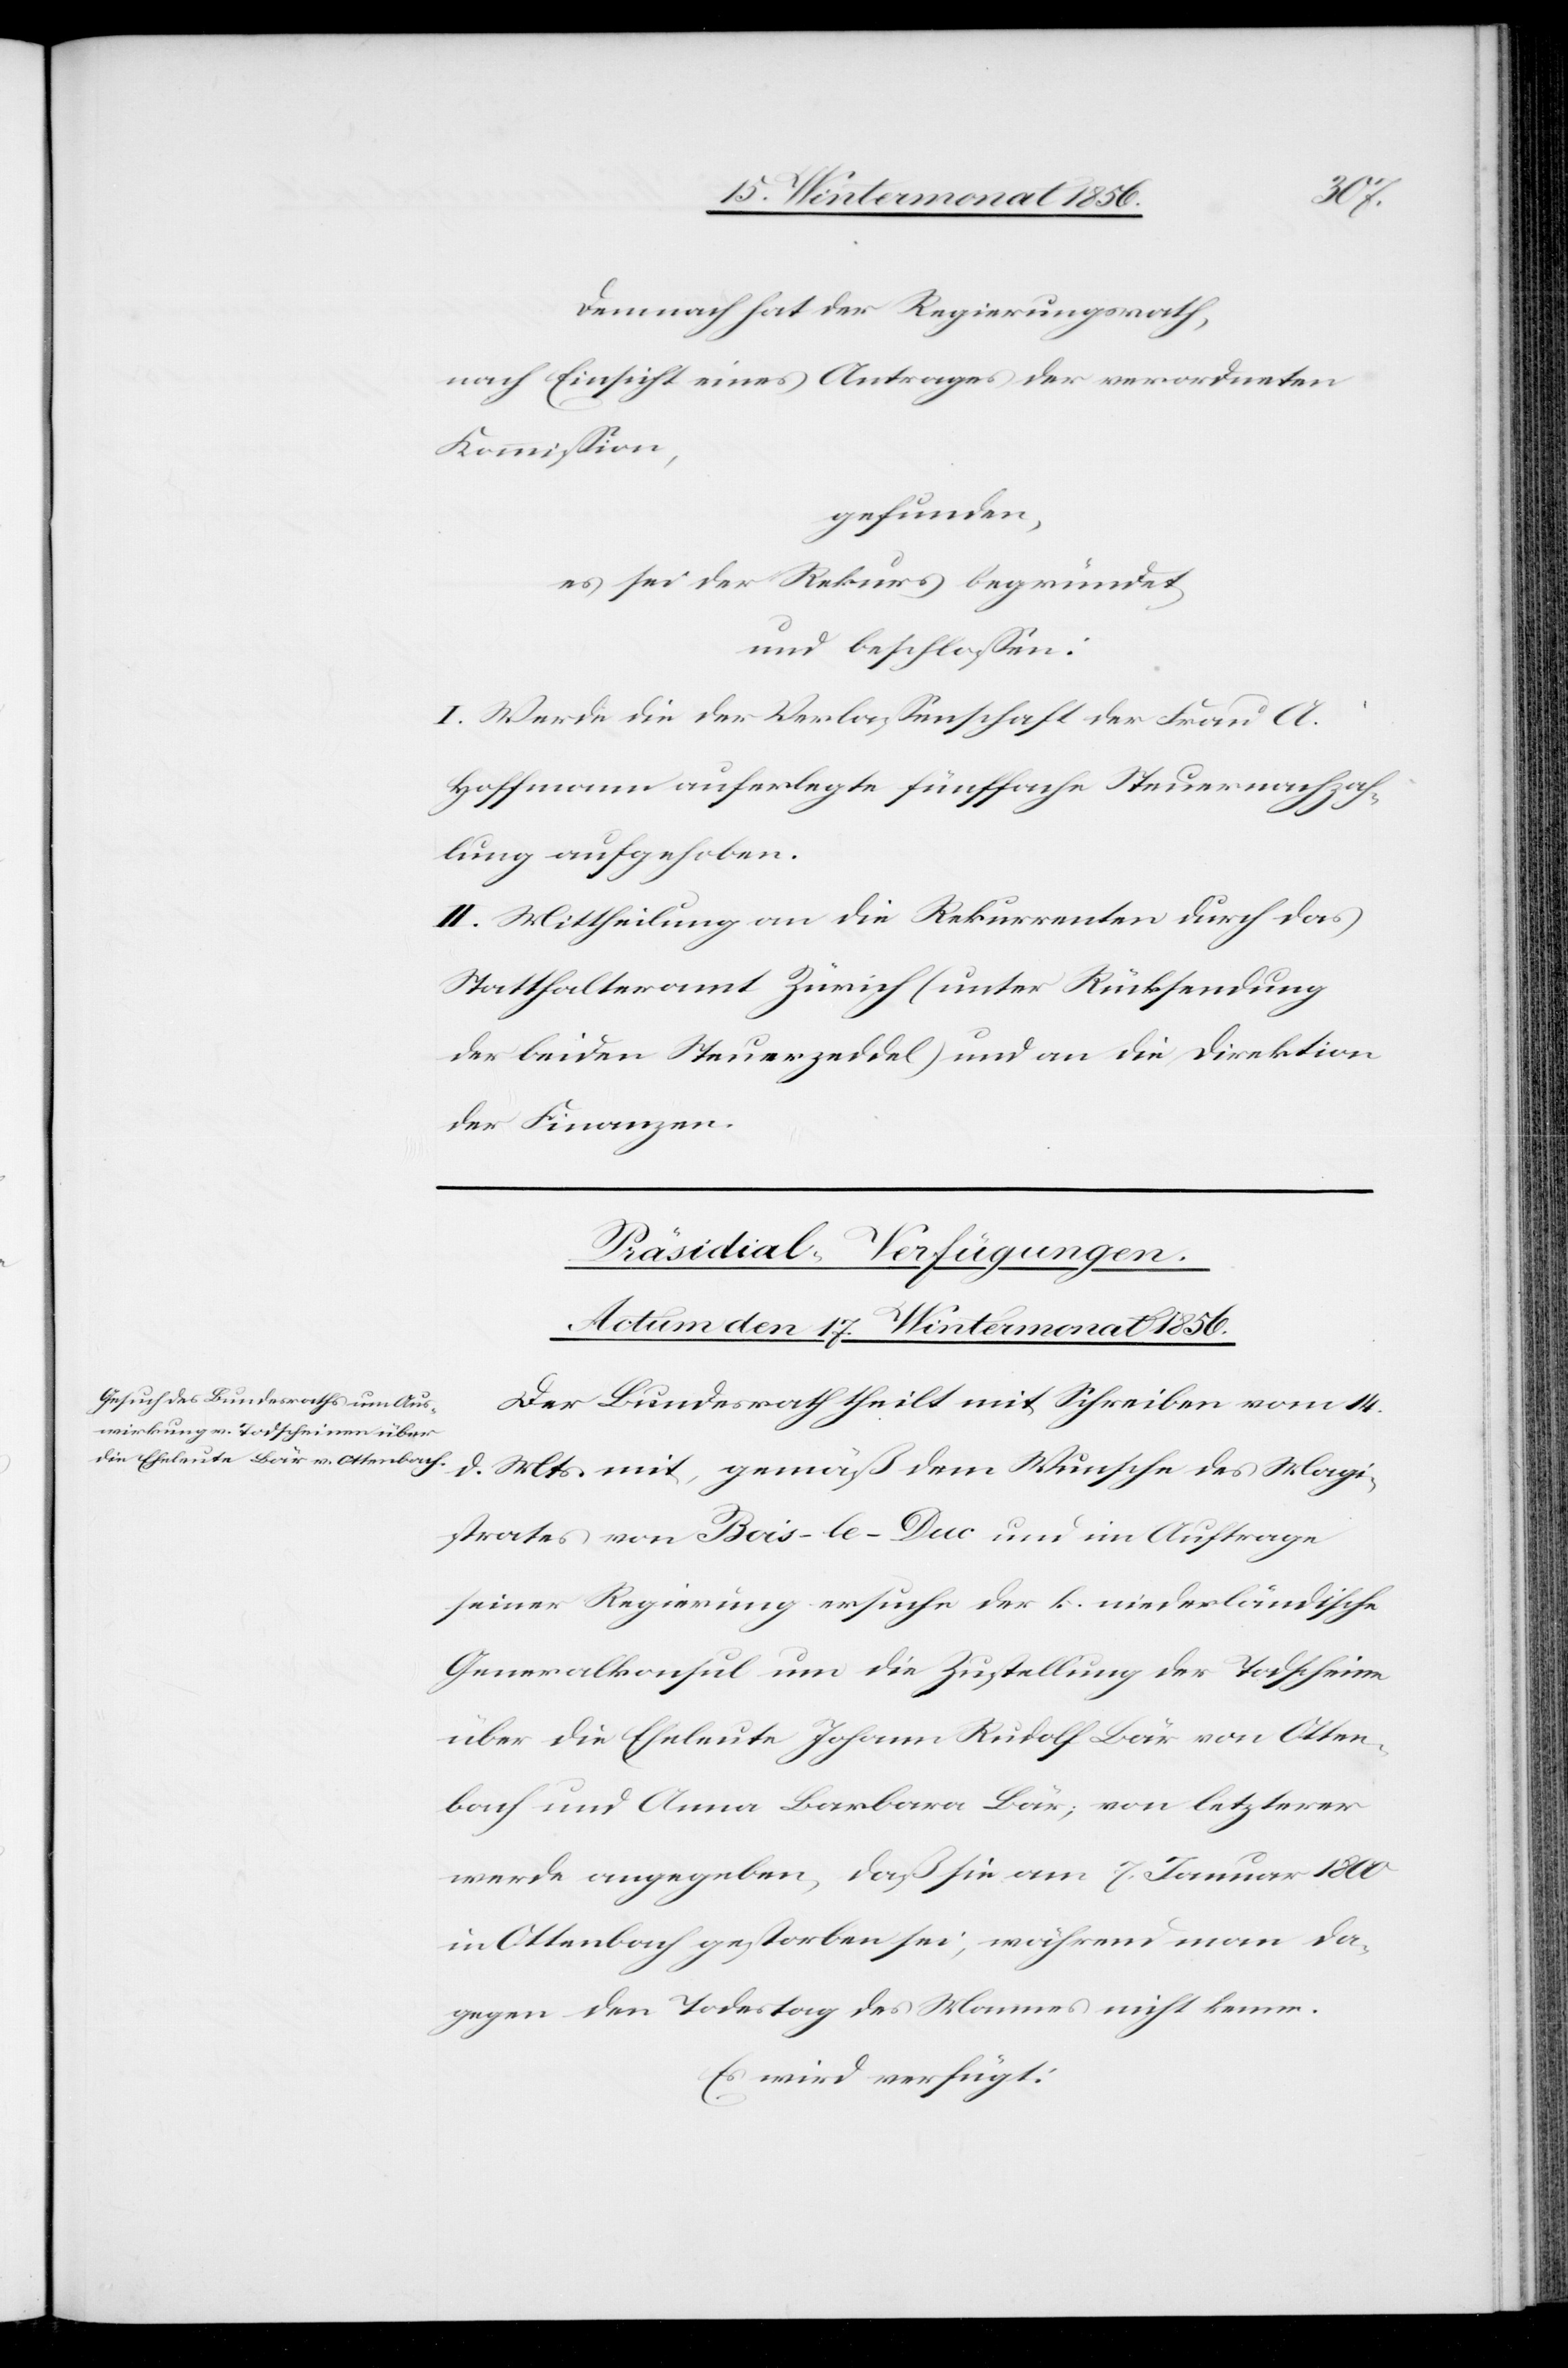
Demnach hat der Regierungsrath,
nach Einsicht eines Antrages der verordneten
Kommission,
gefunden,
es sei der Rekurs begründet,
und beschlossen:
I. Werde die der Verlassenschaft der Frau A.
Hoffmann auferlegte fünffache Steuernachzah¬
lung aufgehoben.
II. Mittheilung an die Rekurrenten durch das
Statthalteramt Zürich (unter Rücksendung
der beiden Steuerzeddel) und an die Direktion
der Finanzen.
Präsidial-Verfügungen.
Actum den 17. Wintermonat 1856.
Der Bundesrath theilt mit Schreiben vom 14.
d. Mts. mit, gemäß dem Wunsche des Magi¬
strates von Bois-le-Duc und im Auftrage
seiner Regierung ersuche der k. niederländische
Generalkonsul um die Zustellung der Todscheine
über die Eheleute Johann Rudolf Bär von Otten¬
bach und Anna Barbara Bär; von letzterer
werde angegeben, das sie am 7. Januar 1800
in Ottenbach gestorben sei, während man da¬
gegen den Todestag des Mannes nicht kenne.
Es wird verfügt: